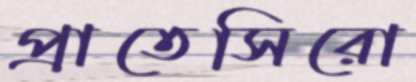
প্রাতেসিরো